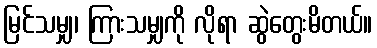
မြင်သမျှ၊ ကြားသမျှကို လိုရာ ဆွဲတွေးမိတယ်။